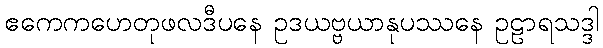
ဧကေကဟေတုဖလဒီပနေ ဥဒယဗ္ဗယာနုပဿနေ ဥဠာရသဒ္ဒါ